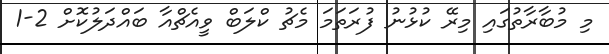
މި މުބާރާތުގައި މިރޭ ކުޅުނު ފުރަތަމަ މެޗު ކްލަބް ވީއެޗްއާ ބައްދަލުކޮށް 2-1